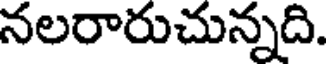
నలరారుచున్నది.